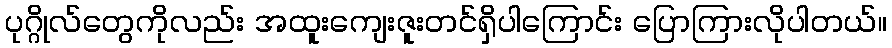
ပုဂ္ဂိုလ်တွေကိုလည်း အထူးကျေးဇူးတင်ရှိပါကြောင်း ပြောကြားလိုပါတယ်။